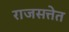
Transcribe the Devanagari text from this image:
राजसत्तेत